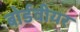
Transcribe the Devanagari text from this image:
बोर्डवीयर